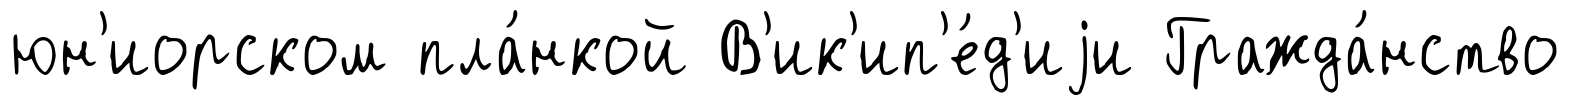
юн'иорском пла́нкой В'ик'ип'е́д'иjи Гражда́нство